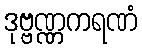
ဒုဗ္ဗဏ္ဏကရဏံ